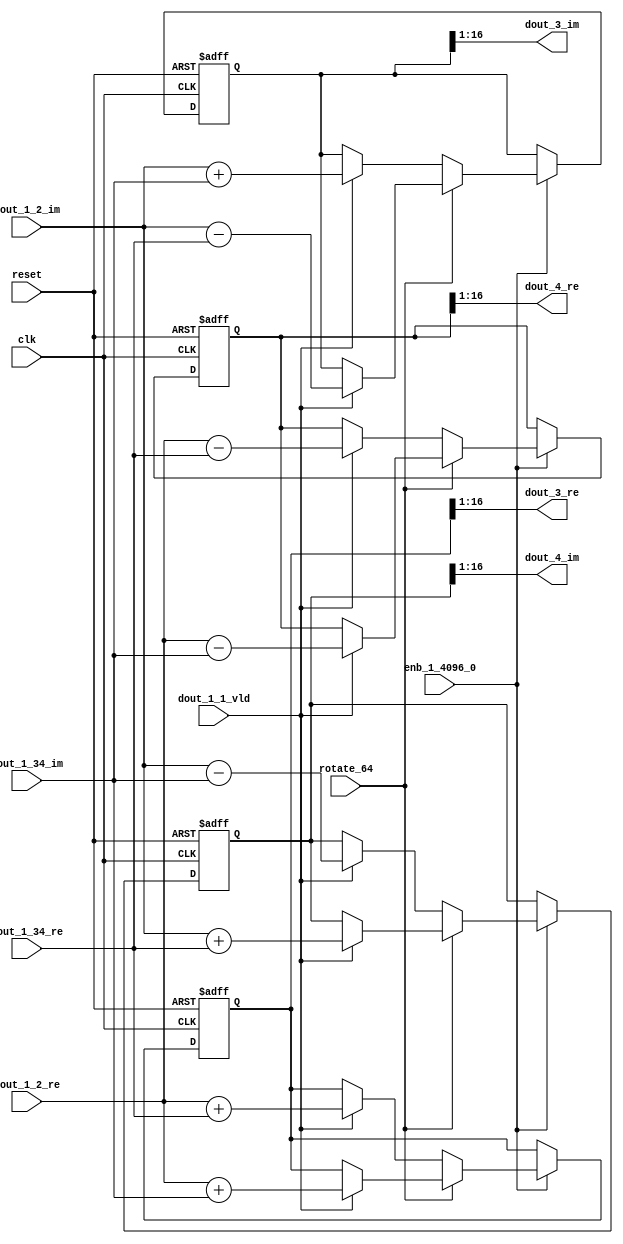
// -------------------------------------------------------------
// 
// 
// Generated by MATLAB 9.14 and HDL Coder 4.1
// 
// -------------------------------------------------------------


// -------------------------------------------------------------
// 
// Module: RADIX22FFT_SDNF2_2_block
// Source Path: dsphdl.IFFT/RADIX22FFT_SDNF2_2
// Hierarchy Level: 4
// 
// -------------------------------------------------------------

`timescale 1 ns / 1 ns

module RADIX22FFT_SDNF2_2_block
          (clk,
           reset,
           enb_1_4096_0,
           rotate_64,
           dout_1_2_re,
           dout_1_2_im,
           dout_1_34_re,
           dout_1_34_im,
           dout_1_1_vld,
           dout_3_re,
           dout_3_im,
           dout_4_re,
           dout_4_im);


  input   clk;
  input   reset;
  input   enb_1_4096_0;
  input   rotate_64;  // ufix1
  input   signed [15:0] dout_1_2_re;  // sfix16_En14
  input   signed [15:0] dout_1_2_im;  // sfix16_En14
  input   signed [15:0] dout_1_34_re;  // sfix16_En14
  input   signed [15:0] dout_1_34_im;  // sfix16_En14
  input   dout_1_1_vld;
  output  signed [15:0] dout_3_re;  // sfix16_En14
  output  signed [15:0] dout_3_im;  // sfix16_En14
  output  signed [15:0] dout_4_re;  // sfix16_En14
  output  signed [15:0] dout_4_im;  // sfix16_En14


  reg  Radix22ButterflyG2_NF_din_vld_dly;
  reg signed [16:0] Radix22ButterflyG2_NF_btf1_re_reg;  // sfix17
  reg signed [16:0] Radix22ButterflyG2_NF_btf1_im_reg;  // sfix17
  reg signed [16:0] Radix22ButterflyG2_NF_btf2_re_reg;  // sfix17
  reg signed [16:0] Radix22ButterflyG2_NF_btf2_im_reg;  // sfix17
  reg  Radix22ButterflyG2_NF_din_vld_dly_next;
  reg signed [16:0] Radix22ButterflyG2_NF_btf1_re_reg_next;  // sfix17_En14
  reg signed [16:0] Radix22ButterflyG2_NF_btf1_im_reg_next;  // sfix17_En14
  reg signed [16:0] Radix22ButterflyG2_NF_btf2_re_reg_next;  // sfix17_En14
  reg signed [16:0] Radix22ButterflyG2_NF_btf2_im_reg_next;  // sfix17_En14
  reg signed [15:0] dout_3_re_1;  // sfix16_En14
  reg signed [15:0] dout_3_im_1;  // sfix16_En14
  reg signed [15:0] dout_4_re_1;  // sfix16_En14
  reg signed [15:0] dout_4_im_1;  // sfix16_En14
  reg  dout_2_vld;
  reg signed [16:0] Radix22ButterflyG2_NF_add_cast;  // sfix17_En14
  reg signed [16:0] Radix22ButterflyG2_NF_add_cast_0;  // sfix17_En14
  reg signed [16:0] Radix22ButterflyG2_NF_add_cast_1;  // sfix17_En14
  reg signed [16:0] Radix22ButterflyG2_NF_add_cast_2;  // sfix17_En14
  reg signed [16:0] Radix22ButterflyG2_NF_sub_cast;  // sfix17_En14
  reg signed [16:0] Radix22ButterflyG2_NF_sub_cast_0;  // sfix17_En14
  reg signed [16:0] Radix22ButterflyG2_NF_sub_cast_1;  // sfix17_En14
  reg signed [16:0] Radix22ButterflyG2_NF_sub_cast_2;  // sfix17_En14
  reg signed [16:0] Radix22ButterflyG2_NF_sra_temp;  // sfix17_En14
  reg signed [16:0] Radix22ButterflyG2_NF_add_cast_3;  // sfix17_En14
  reg signed [16:0] Radix22ButterflyG2_NF_add_cast_4;  // sfix17_En14
  reg signed [16:0] Radix22ButterflyG2_NF_add_cast_5;  // sfix17_En14
  reg signed [16:0] Radix22ButterflyG2_NF_add_cast_6;  // sfix17_En14
  reg signed [16:0] Radix22ButterflyG2_NF_sra_temp_0;  // sfix17_En14
  reg signed [16:0] Radix22ButterflyG2_NF_sub_cast_3;  // sfix17_En14
  reg signed [16:0] Radix22ButterflyG2_NF_sub_cast_4;  // sfix17_En14
  reg signed [16:0] Radix22ButterflyG2_NF_sub_cast_5;  // sfix17_En14
  reg signed [16:0] Radix22ButterflyG2_NF_sub_cast_6;  // sfix17_En14
  reg signed [16:0] Radix22ButterflyG2_NF_sra_temp_1;  // sfix17_En14
  reg signed [16:0] Radix22ButterflyG2_NF_sra_temp_2;  // sfix17_En14


  // Radix22ButterflyG2_NF
  always @(posedge clk or posedge reset)
    begin : Radix22ButterflyG2_NF_process
      if (reset == 1'b1) begin
        Radix22ButterflyG2_NF_din_vld_dly <= 1'b0;
        Radix22ButterflyG2_NF_btf1_re_reg <= 17'sb00000000000000000;
        Radix22ButterflyG2_NF_btf1_im_reg <= 17'sb00000000000000000;
        Radix22ButterflyG2_NF_btf2_re_reg <= 17'sb00000000000000000;
        Radix22ButterflyG2_NF_btf2_im_reg <= 17'sb00000000000000000;
      end
      else begin
        if (enb_1_4096_0) begin
          Radix22ButterflyG2_NF_din_vld_dly <= Radix22ButterflyG2_NF_din_vld_dly_next;
          Radix22ButterflyG2_NF_btf1_re_reg <= Radix22ButterflyG2_NF_btf1_re_reg_next;
          Radix22ButterflyG2_NF_btf1_im_reg <= Radix22ButterflyG2_NF_btf1_im_reg_next;
          Radix22ButterflyG2_NF_btf2_re_reg <= Radix22ButterflyG2_NF_btf2_re_reg_next;
          Radix22ButterflyG2_NF_btf2_im_reg <= Radix22ButterflyG2_NF_btf2_im_reg_next;
        end
      end
    end

  always @(Radix22ButterflyG2_NF_btf1_im_reg, Radix22ButterflyG2_NF_btf1_re_reg,
       Radix22ButterflyG2_NF_btf2_im_reg, Radix22ButterflyG2_NF_btf2_re_reg,
       Radix22ButterflyG2_NF_din_vld_dly, dout_1_1_vld, dout_1_2_im,
       dout_1_2_re, dout_1_34_im, dout_1_34_re, rotate_64) begin
    Radix22ButterflyG2_NF_add_cast_1 = 17'sb00000000000000000;
    Radix22ButterflyG2_NF_add_cast_2 = 17'sb00000000000000000;
    Radix22ButterflyG2_NF_sub_cast_1 = 17'sb00000000000000000;
    Radix22ButterflyG2_NF_sub_cast_2 = 17'sb00000000000000000;
    Radix22ButterflyG2_NF_add_cast_5 = 17'sb00000000000000000;
    Radix22ButterflyG2_NF_add_cast_6 = 17'sb00000000000000000;
    Radix22ButterflyG2_NF_sub_cast_5 = 17'sb00000000000000000;
    Radix22ButterflyG2_NF_sub_cast_6 = 17'sb00000000000000000;
    Radix22ButterflyG2_NF_add_cast = 17'sb00000000000000000;
    Radix22ButterflyG2_NF_add_cast_0 = 17'sb00000000000000000;
    Radix22ButterflyG2_NF_sub_cast = 17'sb00000000000000000;
    Radix22ButterflyG2_NF_sub_cast_0 = 17'sb00000000000000000;
    Radix22ButterflyG2_NF_add_cast_3 = 17'sb00000000000000000;
    Radix22ButterflyG2_NF_add_cast_4 = 17'sb00000000000000000;
    Radix22ButterflyG2_NF_sub_cast_3 = 17'sb00000000000000000;
    Radix22ButterflyG2_NF_sub_cast_4 = 17'sb00000000000000000;
    Radix22ButterflyG2_NF_btf1_re_reg_next = Radix22ButterflyG2_NF_btf1_re_reg;
    Radix22ButterflyG2_NF_btf1_im_reg_next = Radix22ButterflyG2_NF_btf1_im_reg;
    Radix22ButterflyG2_NF_btf2_re_reg_next = Radix22ButterflyG2_NF_btf2_re_reg;
    Radix22ButterflyG2_NF_btf2_im_reg_next = Radix22ButterflyG2_NF_btf2_im_reg;
    Radix22ButterflyG2_NF_din_vld_dly_next = dout_1_1_vld;
    if (rotate_64 != 1'b0) begin
      if (dout_1_1_vld) begin
        Radix22ButterflyG2_NF_add_cast_1 = {dout_1_2_re[15], dout_1_2_re};
        Radix22ButterflyG2_NF_add_cast_2 = {dout_1_34_im[15], dout_1_34_im};
        Radix22ButterflyG2_NF_btf1_re_reg_next = Radix22ButterflyG2_NF_add_cast_1 + Radix22ButterflyG2_NF_add_cast_2;
        Radix22ButterflyG2_NF_sub_cast_1 = {dout_1_2_re[15], dout_1_2_re};
        Radix22ButterflyG2_NF_sub_cast_2 = {dout_1_34_im[15], dout_1_34_im};
        Radix22ButterflyG2_NF_btf2_re_reg_next = Radix22ButterflyG2_NF_sub_cast_1 - Radix22ButterflyG2_NF_sub_cast_2;
        Radix22ButterflyG2_NF_add_cast_5 = {dout_1_2_im[15], dout_1_2_im};
        Radix22ButterflyG2_NF_add_cast_6 = {dout_1_34_re[15], dout_1_34_re};
        Radix22ButterflyG2_NF_btf2_im_reg_next = Radix22ButterflyG2_NF_add_cast_5 + Radix22ButterflyG2_NF_add_cast_6;
        Radix22ButterflyG2_NF_sub_cast_5 = {dout_1_2_im[15], dout_1_2_im};
        Radix22ButterflyG2_NF_sub_cast_6 = {dout_1_34_re[15], dout_1_34_re};
        Radix22ButterflyG2_NF_btf1_im_reg_next = Radix22ButterflyG2_NF_sub_cast_5 - Radix22ButterflyG2_NF_sub_cast_6;
      end
    end
    else if (dout_1_1_vld) begin
      Radix22ButterflyG2_NF_add_cast = {dout_1_2_re[15], dout_1_2_re};
      Radix22ButterflyG2_NF_add_cast_0 = {dout_1_34_re[15], dout_1_34_re};
      Radix22ButterflyG2_NF_btf1_re_reg_next = Radix22ButterflyG2_NF_add_cast + Radix22ButterflyG2_NF_add_cast_0;
      Radix22ButterflyG2_NF_sub_cast = {dout_1_2_re[15], dout_1_2_re};
      Radix22ButterflyG2_NF_sub_cast_0 = {dout_1_34_re[15], dout_1_34_re};
      Radix22ButterflyG2_NF_btf2_re_reg_next = Radix22ButterflyG2_NF_sub_cast - Radix22ButterflyG2_NF_sub_cast_0;
      Radix22ButterflyG2_NF_add_cast_3 = {dout_1_2_im[15], dout_1_2_im};
      Radix22ButterflyG2_NF_add_cast_4 = {dout_1_34_im[15], dout_1_34_im};
      Radix22ButterflyG2_NF_btf1_im_reg_next = Radix22ButterflyG2_NF_add_cast_3 + Radix22ButterflyG2_NF_add_cast_4;
      Radix22ButterflyG2_NF_sub_cast_3 = {dout_1_2_im[15], dout_1_2_im};
      Radix22ButterflyG2_NF_sub_cast_4 = {dout_1_34_im[15], dout_1_34_im};
      Radix22ButterflyG2_NF_btf2_im_reg_next = Radix22ButterflyG2_NF_sub_cast_3 - Radix22ButterflyG2_NF_sub_cast_4;
    end
    Radix22ButterflyG2_NF_sra_temp = Radix22ButterflyG2_NF_btf1_re_reg >>> 8'd1;
    dout_3_re_1 = Radix22ButterflyG2_NF_sra_temp[15:0];
    Radix22ButterflyG2_NF_sra_temp_0 = Radix22ButterflyG2_NF_btf1_im_reg >>> 8'd1;
    dout_3_im_1 = Radix22ButterflyG2_NF_sra_temp_0[15:0];
    Radix22ButterflyG2_NF_sra_temp_1 = Radix22ButterflyG2_NF_btf2_re_reg >>> 8'd1;
    dout_4_re_1 = Radix22ButterflyG2_NF_sra_temp_1[15:0];
    Radix22ButterflyG2_NF_sra_temp_2 = Radix22ButterflyG2_NF_btf2_im_reg >>> 8'd1;
    dout_4_im_1 = Radix22ButterflyG2_NF_sra_temp_2[15:0];
    dout_2_vld = Radix22ButterflyG2_NF_din_vld_dly;
  end



  assign dout_3_re = dout_3_re_1;

  assign dout_3_im = dout_3_im_1;

  assign dout_4_re = dout_4_re_1;

  assign dout_4_im = dout_4_im_1;

endmodule  // RADIX22FFT_SDNF2_2_block